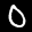
Label: 0